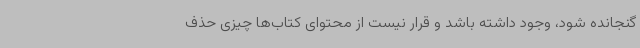
گنجانده شود، وجود داشته باشد و قرار نیست از محتوای کتاب‌ها چیزی حذف